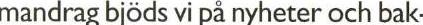
mandrag bjöds vi på nyheter och bak